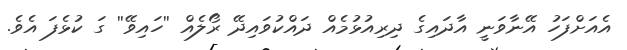
އެއަށްފަހު އޭނާވަނީ އާދައިގެ ދިރިއުޅުމެއް ދައްކުވައިދޭ ރޯލެއް ''ހައިވޭ'' ގަ ކުޅެފަ އެވެ.